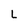
Character: L